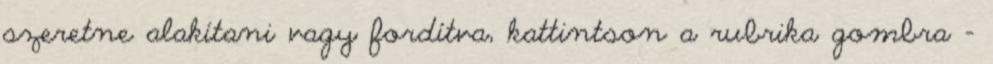
szeretne alakítani vagy fordítva, kattintson a rubrika gombra –